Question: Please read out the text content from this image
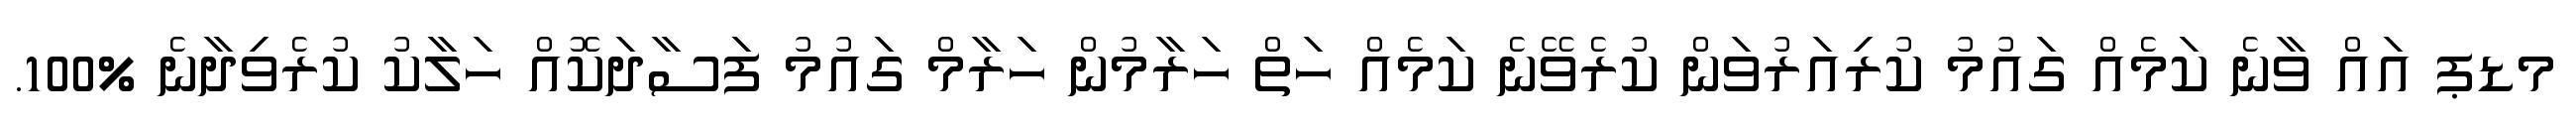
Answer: މޑޕ އައް ވާނެ ކަމެއް ގައުމު ކުރިއަރުވަން ކުރެވޭނެ ކަމެއް ހަތް ހަރާމުން ހަރާމް ގައުމު ފަސާދަކޮއް ހަލާކު ކުރެވިދާނެ %100.